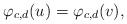
\begin{align*} \varphi_{c,d}(u) = \varphi_{c,d}(v),\end{align*}